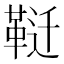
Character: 𱁶